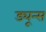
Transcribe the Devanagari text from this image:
ड्यून्स